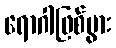
ရောဂါဖြစ်ပွား